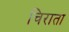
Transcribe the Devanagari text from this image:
चिराता